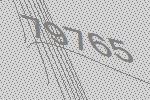
79765